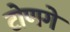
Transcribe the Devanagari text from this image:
टोणगे